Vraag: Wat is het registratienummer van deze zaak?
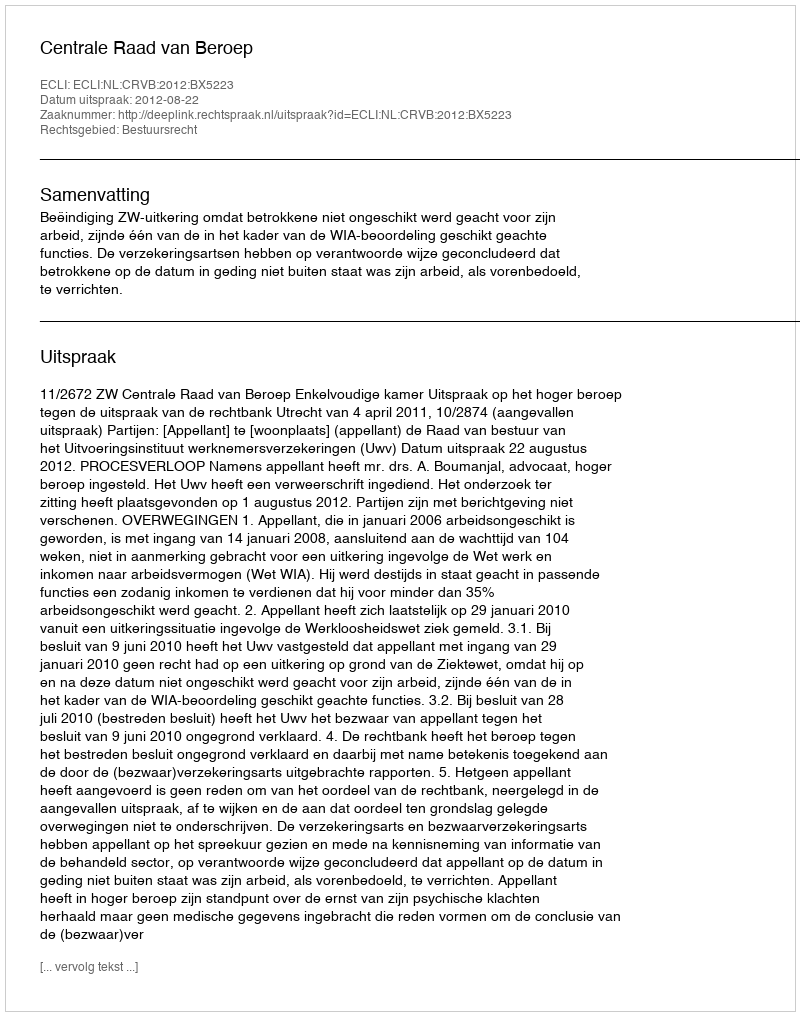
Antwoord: http://deeplink.rechtspraak.nl/uitspraak?id=ECLI:NL:CRVB:2012:BX5223